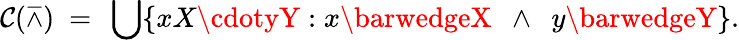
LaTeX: \mathcal{C}(\barwedge)\ =\ \bigcup\{ xX\cdotyY:x\barwedgeX\ \ \land\ \ y\barwedgeY\} .